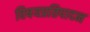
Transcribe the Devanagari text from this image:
विषयप्रतिपादन